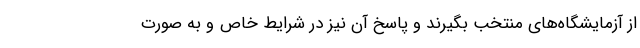
از آزمایشگاه‌های منتخب بگیرند و پاسخ آن نیز در شرایط خاص و به صورت